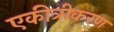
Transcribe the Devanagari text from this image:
एकीत्रीकरण